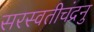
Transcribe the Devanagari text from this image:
सरस्वतीचंद्रनु